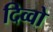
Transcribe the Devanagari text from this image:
दिव्वो